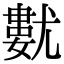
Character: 𡰓